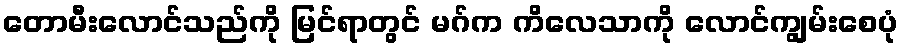
တောမီးလောင်သည်ကို မြင်ရာတွင် မဂ်က ကိလေသာကို လောင်ကျွမ်းစေပုံ